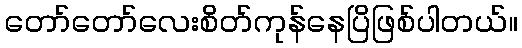
တော်တော်လေးစိတ်ကုန်နေပြိဖြစ်ပါတယ်။